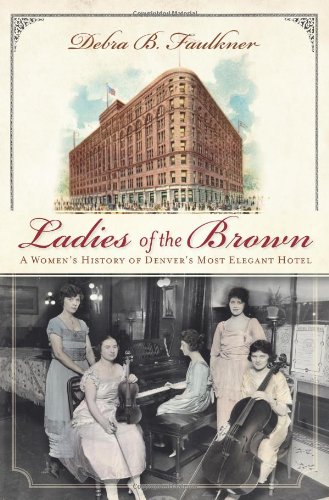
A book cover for Ladies of the Brown:: A Women's History of Denver's Most Elegant Hotel (Landmarks); Debra Faulkner; Travel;